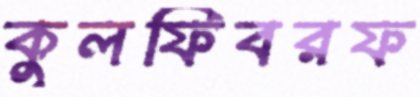
কুলফিবরফ